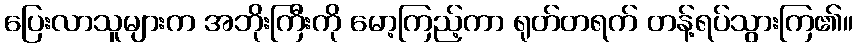
ပြေးလာသူများက အဘိုးကြီးကို မော့ကြည့်ကာ ရုတ်တရက် တန့်ရပ်သွားကြ၏။